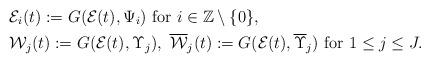
LaTeX: \begin{align*}&\mathcal{E}_{i}(t):= G(\mathcal{E}(t),\Psi_{i})\ \textup{for}\ i\in \mathbb{Z}\setminus\{0\},\\&\mathcal{W}_j(t):= G(\mathcal{E}(t),\Upsilon_j), \ \overline{\mathcal{W}}_j(t):=G(\mathcal{E}(t),\overline{\Upsilon}_j) \ \textup{for}\ 1\leq j\leq J.\end{align*}